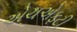
એચએફટી